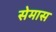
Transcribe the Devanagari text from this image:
सेमास